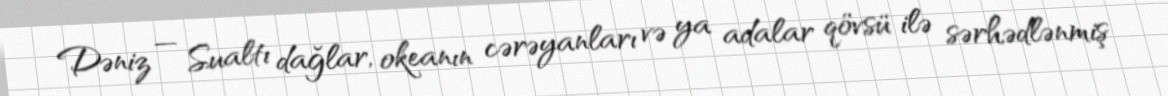
Dəniz — Sualtı dağlar, okeanın cərəyanları və ya adalar qövsü ilə sərhədlənmiş